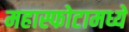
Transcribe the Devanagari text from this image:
महास्फोटामध्ये